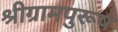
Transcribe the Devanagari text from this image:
श्रीग्रामपुरूष